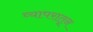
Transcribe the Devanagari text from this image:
व्यापरातून